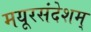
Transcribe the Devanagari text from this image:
मयूरसंदेशम्